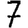
Digit: 7